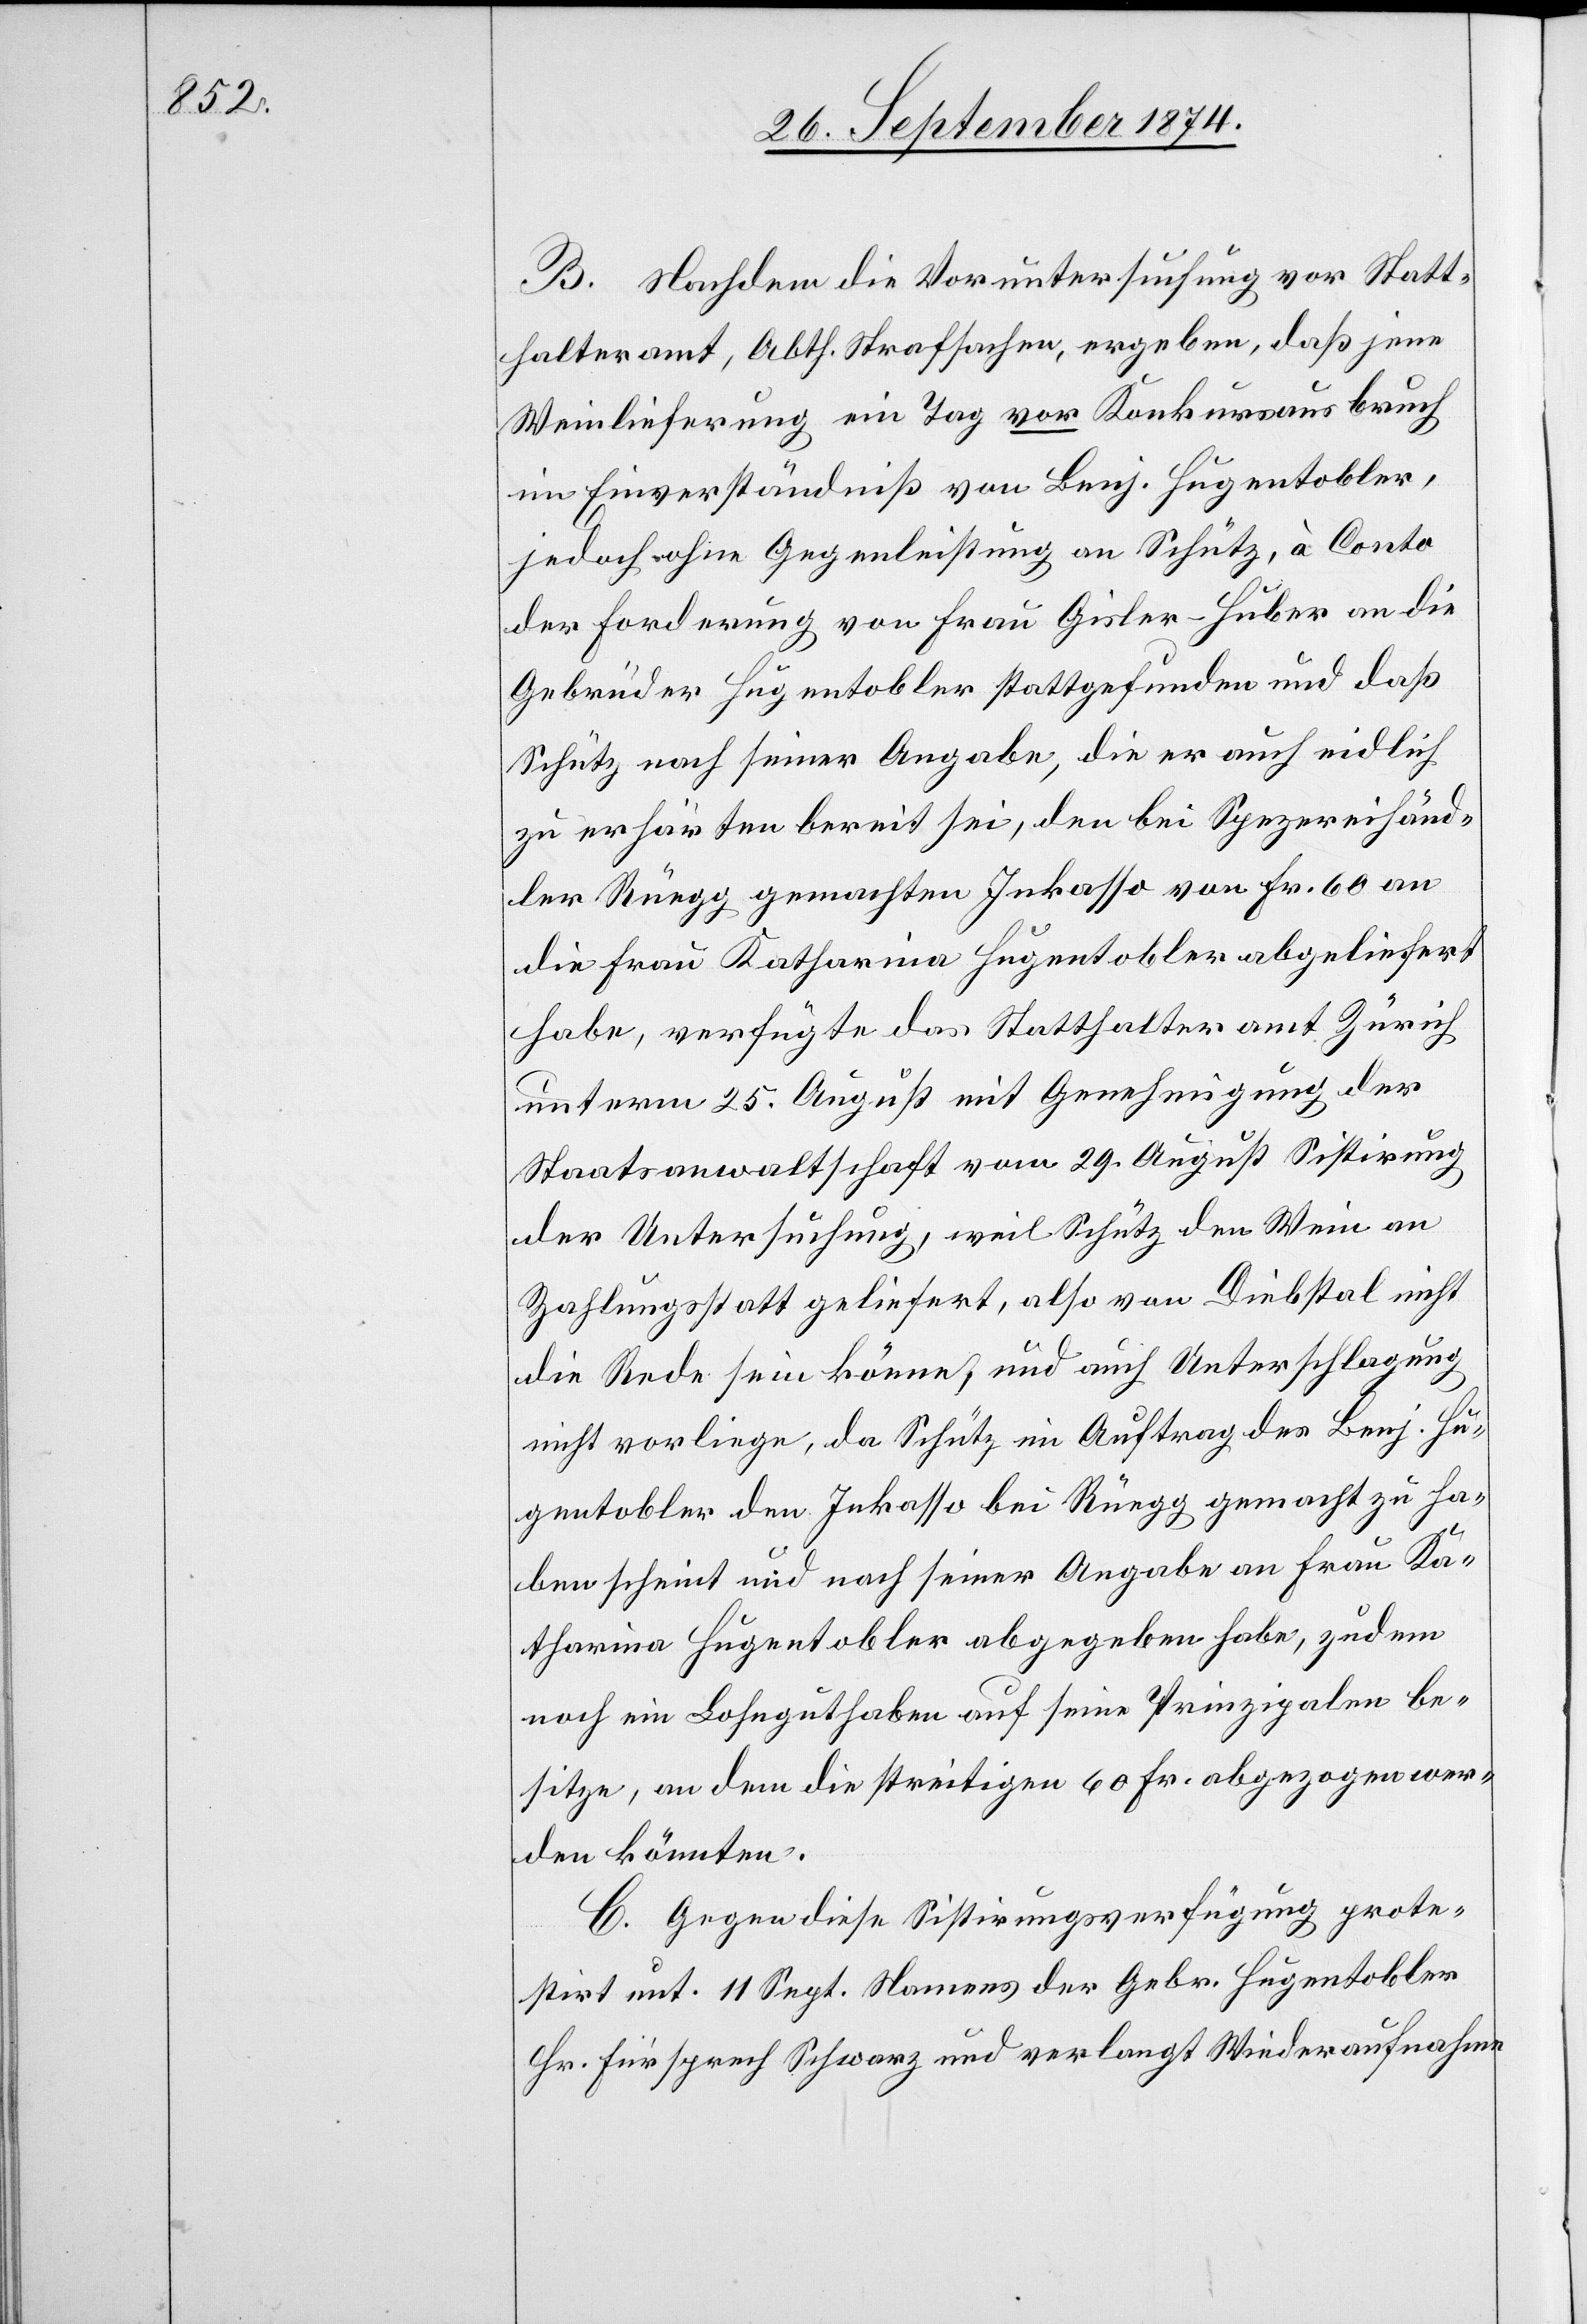
B. Nachdem die Voruntersuchung vor Statt¬
halteramt, Abth. Strafsachen, ergeben, daß jene
Weinlieferung ein Tag vor Konkursausbruch
im Einverständniß von Benj. Hugentobler,
jedoch ohne Gegenleistung an Schütz, à Conto
der Forderung von Frau Gisler-Huber an die
Gebrüder Hugentobler stattgefunden und daß
Schütz nach seiner Angabe, die er auch eidlich
zu erhärten bereit sei, den bei Spezereihänd¬
ler Rüegg gemachten Inkasso von Fr. 60 an
die Frau Katharina Hugentobler abgeliefert
habe, verfügte das Statthalteramt Zürich
unterm 25. August mit Genehmigung der
Staatsanwaltschaft vom 29. August Sistirung
der Untersuchung, weil Schütz den Wein an
Zahlungsstatt geliefert, also von Diebstal nicht
die Rede sein könne, und auch Unterschlagung
nicht vorliege, da Schütz im Auftrag des Benj. Hu¬
gentobler den Inkasso bei Rüegg gemacht zu ha¬
ben scheint und nach seiner Angabe an Frau Ka¬
tharina Hugentobler abgegeben habe, zudem
noch ein lohnguthaben auf seine Prinzipalen be¬
sitze, an dem die streitigen 60 Fr. abgezogen wer¬
den könnten.
C. Gegen diese Sistirungsverfügung prote¬
stirt unt. 11. Sept. Namens der Gebr. Hugentobler
Hr. Fürsprech Schwarz und verlangt Wiederaufnahme